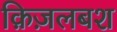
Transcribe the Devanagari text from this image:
क़िज़लबश